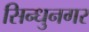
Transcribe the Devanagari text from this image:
सिन्धुनगर